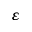
\varepsilon